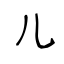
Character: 儿